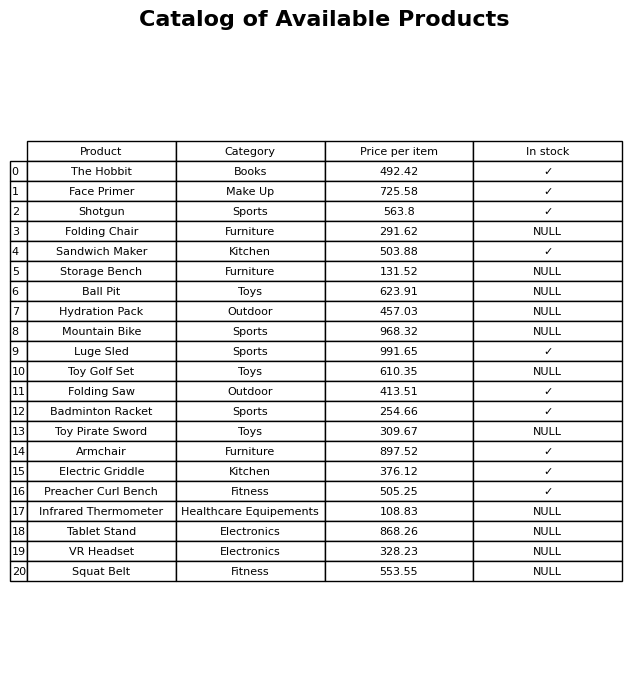
question: What is the price for Electric Griddle?
answer: The price of Electric Griddle is 376.12.